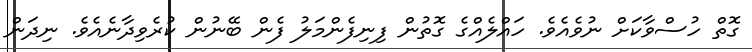
ގޮތް ހުސްވާކަށް ނުވެއެވެ. ހައްލެއްގެ ގޮތުން ފިނިފެންމަލު ފެން ބޭނުން ކުރެވިދާނެއެވެ. ނިދަން